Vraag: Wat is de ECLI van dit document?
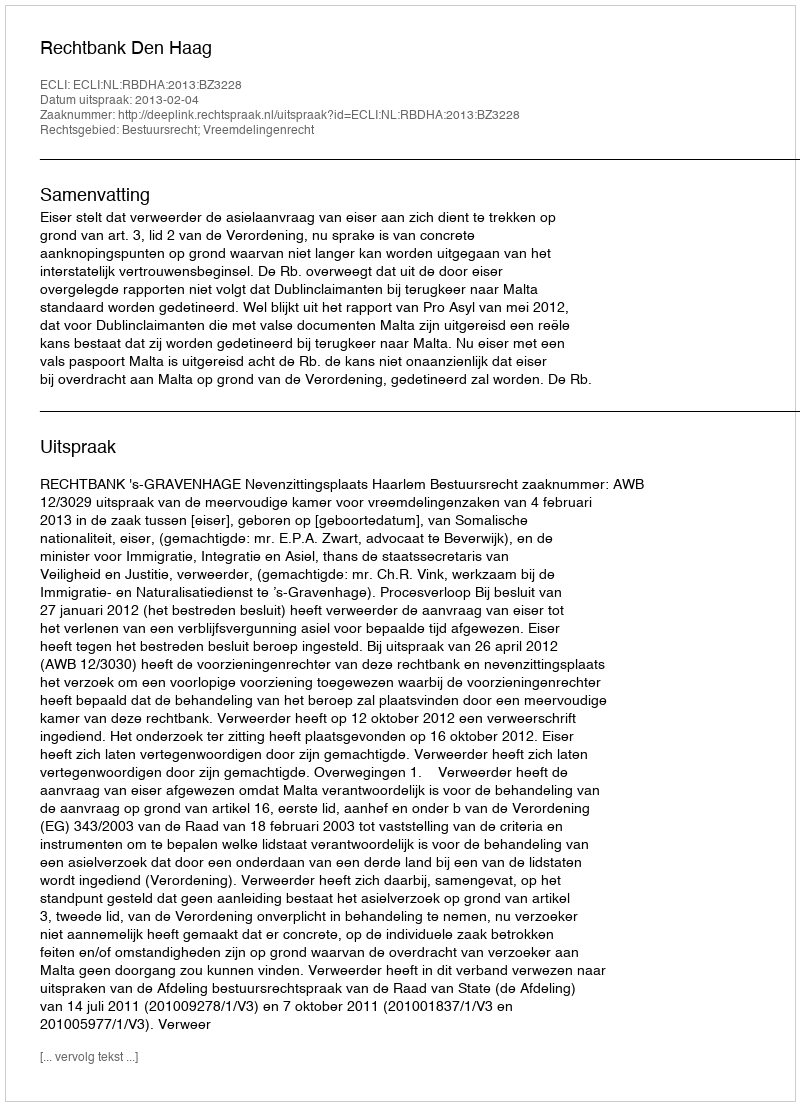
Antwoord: ECLI:NL:RBDHA:2013:BZ3228